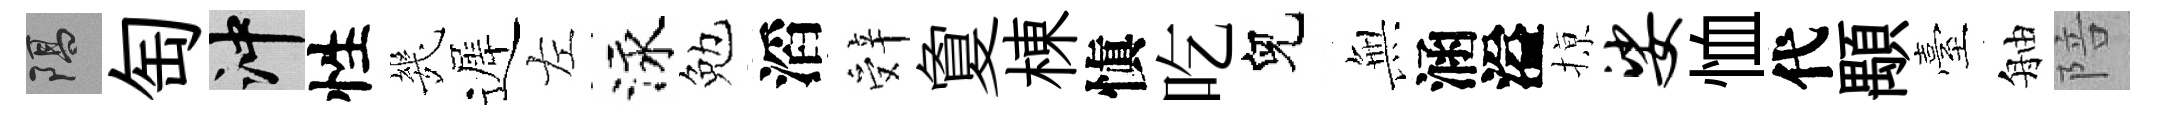
隔匋冲性㡬遲左泳勉滔辤夐棟愼吃兒𭴾涵溢𢱊娑恤代顒臺舳陪